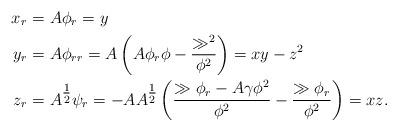
LaTeX: \begin{align*} x_r =&\ A \phi_r = y\\y_r =&\ A \phi_{rr} = A \left( A \phi_r \phi - \frac{\gg^2}{\phi^2} \right) = xy - z^2\\z_r =&\ A^{\tfrac{1}{2}} \psi_r = - AA^{\tfrac{1}{2}} \left( \frac{\gg \phi_r - A \gamma \phi^2}{\phi^2} - \frac{\gg \phi_r}{\phi^2} \right) = xz.\end{align*}